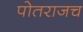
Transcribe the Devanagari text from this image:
पोतराजच